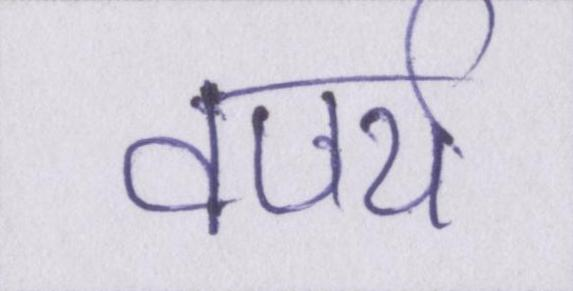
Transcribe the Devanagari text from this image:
वर्ण्य